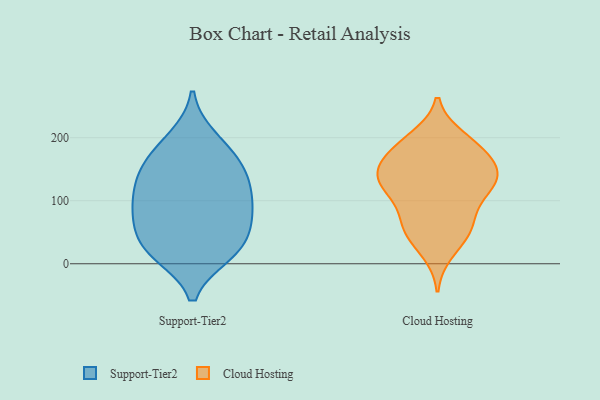
{"axis": {"x": "Budget (USD K)", "y": "Value"}, "legend": ["Cloud Hosting", "Support-Tier2"], "data": [{"x": "", "y": 23, "type": "Support-Tier2"}, {"x": "", "y": 73, "type": "Support-Tier2"}, {"x": "", "y": 135, "type": "Support-Tier2"}, {"x": "", "y": 161, "type": "Support-Tier2"}, {"x": "", "y": 81, "type": "Support-Tier2"}, {"x": "", "y": 29, "type": "Support-Tier2"}, {"x": "", "y": 17, "type": "Support-Tier2"}, {"x": "", "y": 134, "type": "Support-Tier2"}, {"x": "", "y": 28, "type": "Support-Tier2"}, {"x": "", "y": 198, "type": "Support-Tier2"}, {"x": "", "y": 84, "type": "Support-Tier2"}, {"x": "", "y": 129, "type": "Support-Tier2"}, {"x": "", "y": 178, "type": "Support-Tier2"}, {"x": "", "y": 90, "type": "Support-Tier2"}, {"x": "", "y": 149, "type": "Cloud Hosting"}, {"x": "", "y": 59, "type": "Cloud Hosting"}, {"x": "", "y": 19, "type": "Cloud Hosting"}, {"x": "", "y": 195, "type": "Cloud Hosting"}, {"x": "", "y": 185, "type": "Cloud Hosting"}, {"x": "", "y": 136, "type": "Cloud Hosting"}, {"x": "", "y": 156, "type": "Cloud Hosting"}, {"x": "", "y": 63, "type": "Cloud Hosting"}, {"x": "", "y": 133, "type": "Cloud Hosting"}, {"x": "", "y": 91, "type": "Cloud Hosting"}, {"x": "", "y": 176, "type": "Cloud Hosting"}, {"x": "", "y": 200, "type": "Cloud Hosting"}, {"x": "", "y": 135, "type": "Cloud Hosting"}, {"x": "", "y": 166, "type": "Cloud Hosting"}, {"x": "", "y": 46, "type": "Cloud Hosting"}, {"x": "", "y": 124, "type": "Cloud Hosting"}, {"x": "", "y": 122, "type": "Cloud Hosting"}, {"x": "", "y": 114, "type": "Cloud Hosting"}, {"x": "", "y": 57, "type": "Cloud Hosting"}]}